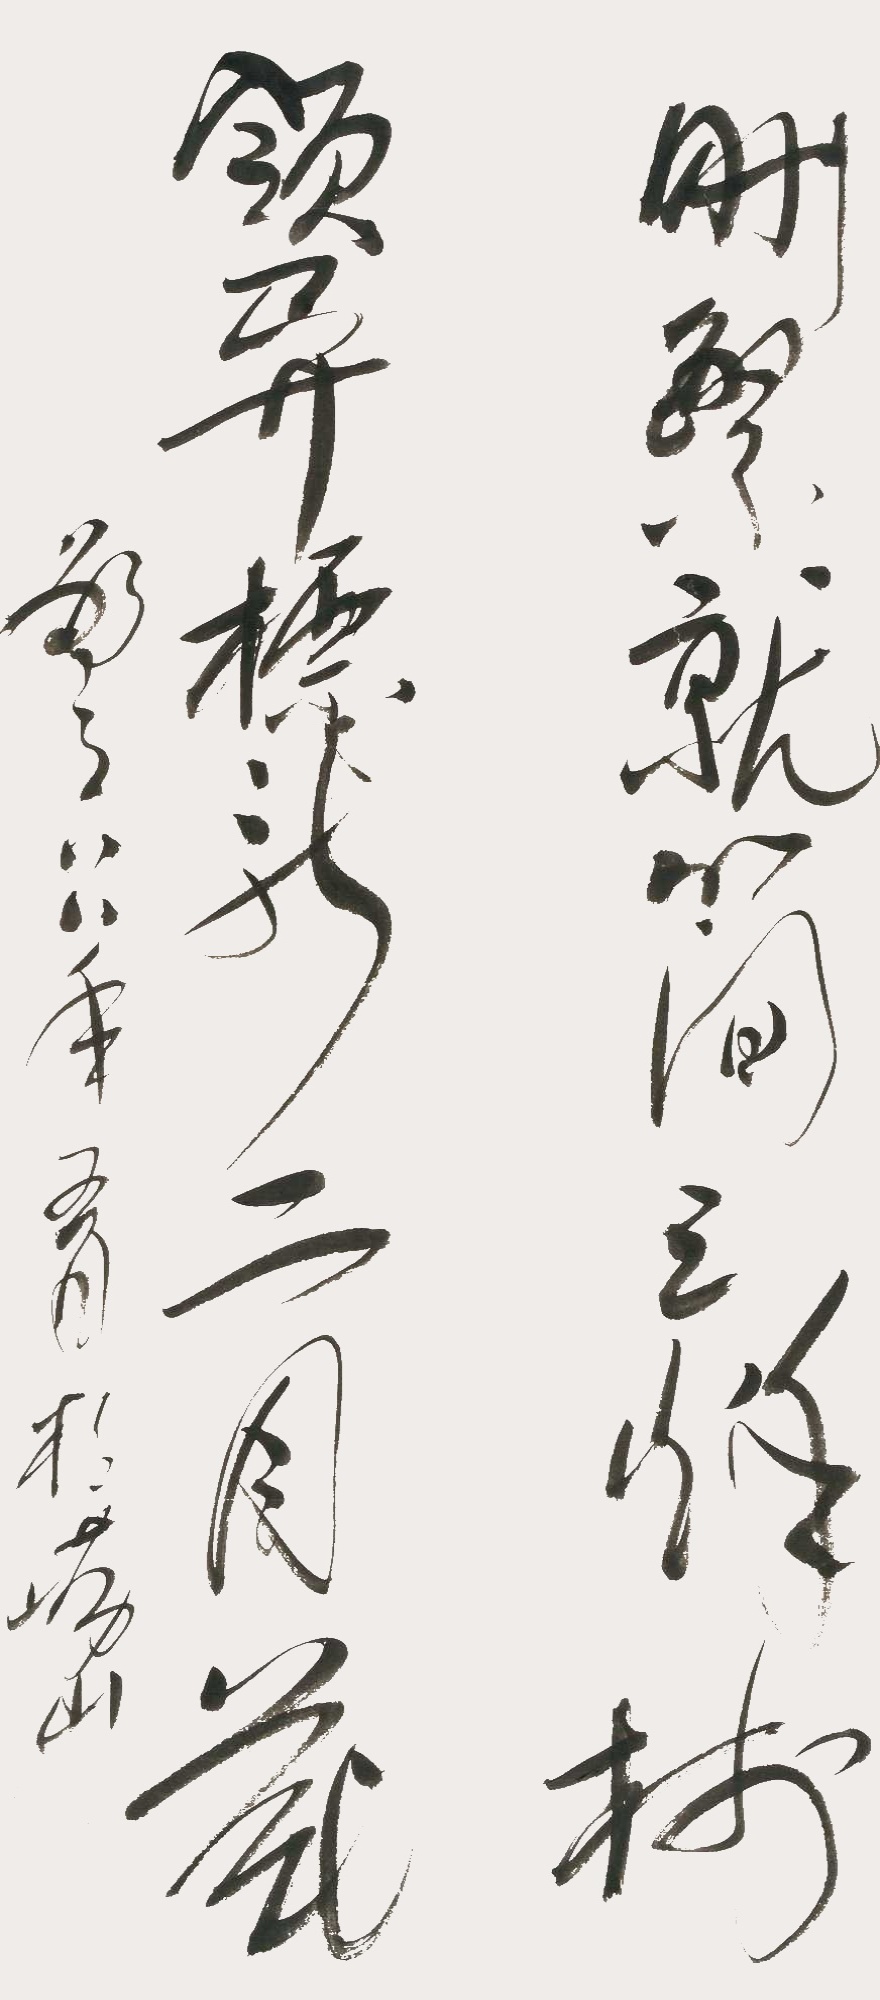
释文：删繁就简三秋树，领异标新二月花。敬之八八年五月于崂山。